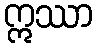
ဣဿာ